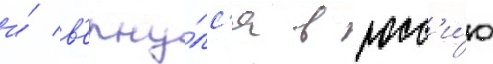
и́ в'ерну́лс'я в росс'и́ю